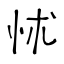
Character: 怵